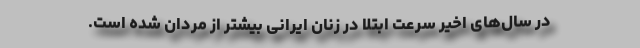
در سال‌های اخیر سرعت ابتلا در زنان ایرانی بیشتر از مردان شده است.